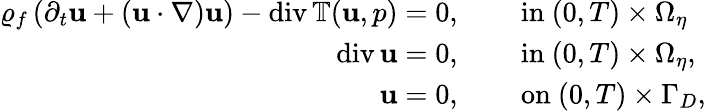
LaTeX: \begin{array}{rl}{\varrho_{f}\left(\partial_{t}\mathbf{u}+(\mathbf{u}\cdot\nabla)\mathbf{u}\right)-\mathrm{div}\, \mathbb{T}(\mathbf{u},p)=0,}&{\quad\mathrm{~in~}(0,T)\times\Omega_{\eta}}\\ {\mathrm{div}\, \mathbf{u}=0,}&{\quad\mathrm{~in~}(0,T)\times\Omega_{\eta},}\\ {\mathbf{u}=0,}&{\quad\mathrm{~on~}(0,T)\times\Gamma_{D},}\end{array}